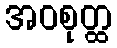
အဝစုတ္ထ